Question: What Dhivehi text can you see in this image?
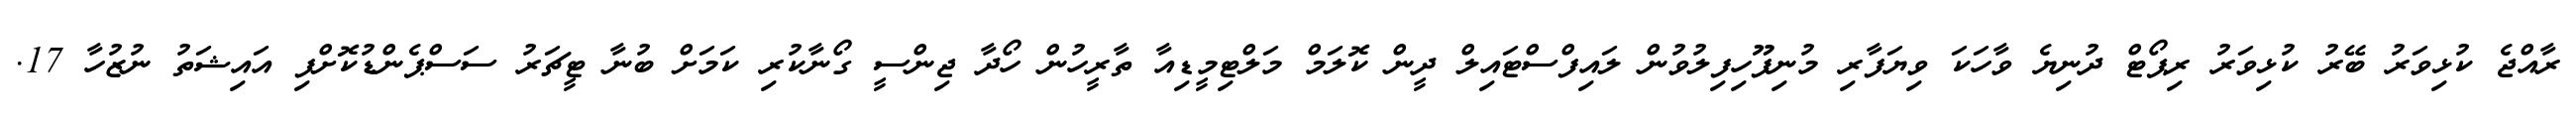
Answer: ރާއްޖެ ކުޅިވަރު ބޭރު ކުޅިވަރު ރިޕޯޓް ދުނިޔެ ވާހަކަ ވިޔަފާރި މުނިފޫހިފިލުވުން ލައިފްސްޓައިލް ދީން ކޮލަމް މަލްޓިމީޑިއާ ތާރީހުން ހޯދާ ޖިންސީ ގޯނާކުރި ކަމަށް ބުނާ ޓީޗަރު ސަސްޕެންޑުކޮށްފި އައިޝަތު ނުޒުހާ 17.